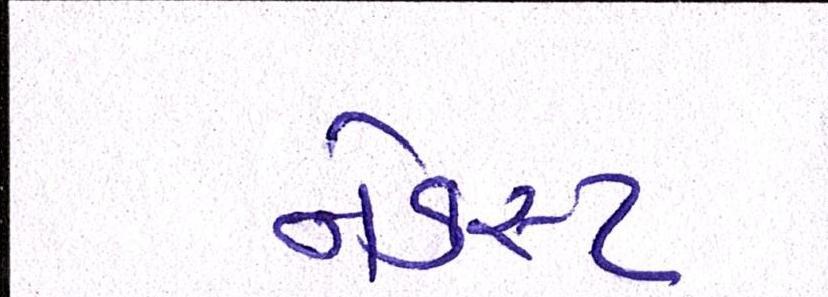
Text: નેક્સ્ટ